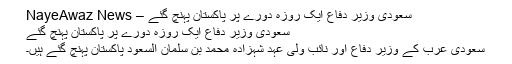
سعودی وزیر دفاع ایک روزہ دورے پر پاکستان پہنچ گئے – NayeAwaz News
سعودی وزیر دفاع ایک روزہ دورے پر پاکستان پہنچ گئے
سعودی عرب کے وزیر دفاع اور نائب ولی عہد شہزادہ محمد بن سلمان السعود پاکستان پہنچ گئے ہیں۔